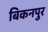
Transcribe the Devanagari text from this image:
बिकनपुर